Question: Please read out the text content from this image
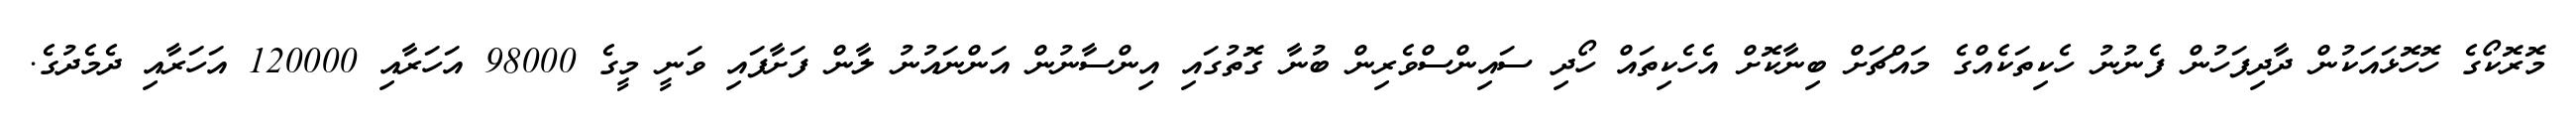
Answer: މޮރޮކޯގެ ހޮހޮޅައަކުން ދާދިފަހުން ފެނުނު ހެކިތަކެއްގެ މައްޗަށް ބިނާކޮށް އެހެކިތައް ހޯދި ސައިންސްވެރިން ބުނާ ގޮތުގައި އިންސާނުން އަންނައުނު ލާން ފަށާފައި ވަނީ މީގެ 98000 އަހަރާއި 120000 އަހަރާއި ދެމެދުގެ.